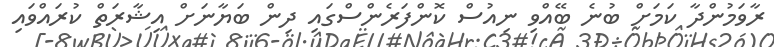
ރާވަމުންދާ ކަމަށް ބުނެ ބޭއްވި ނިއުސް ކޮންފަރެންސްގައި ދިން ބަޔާނަށް އިޝާރަތް ކުރައްވައި